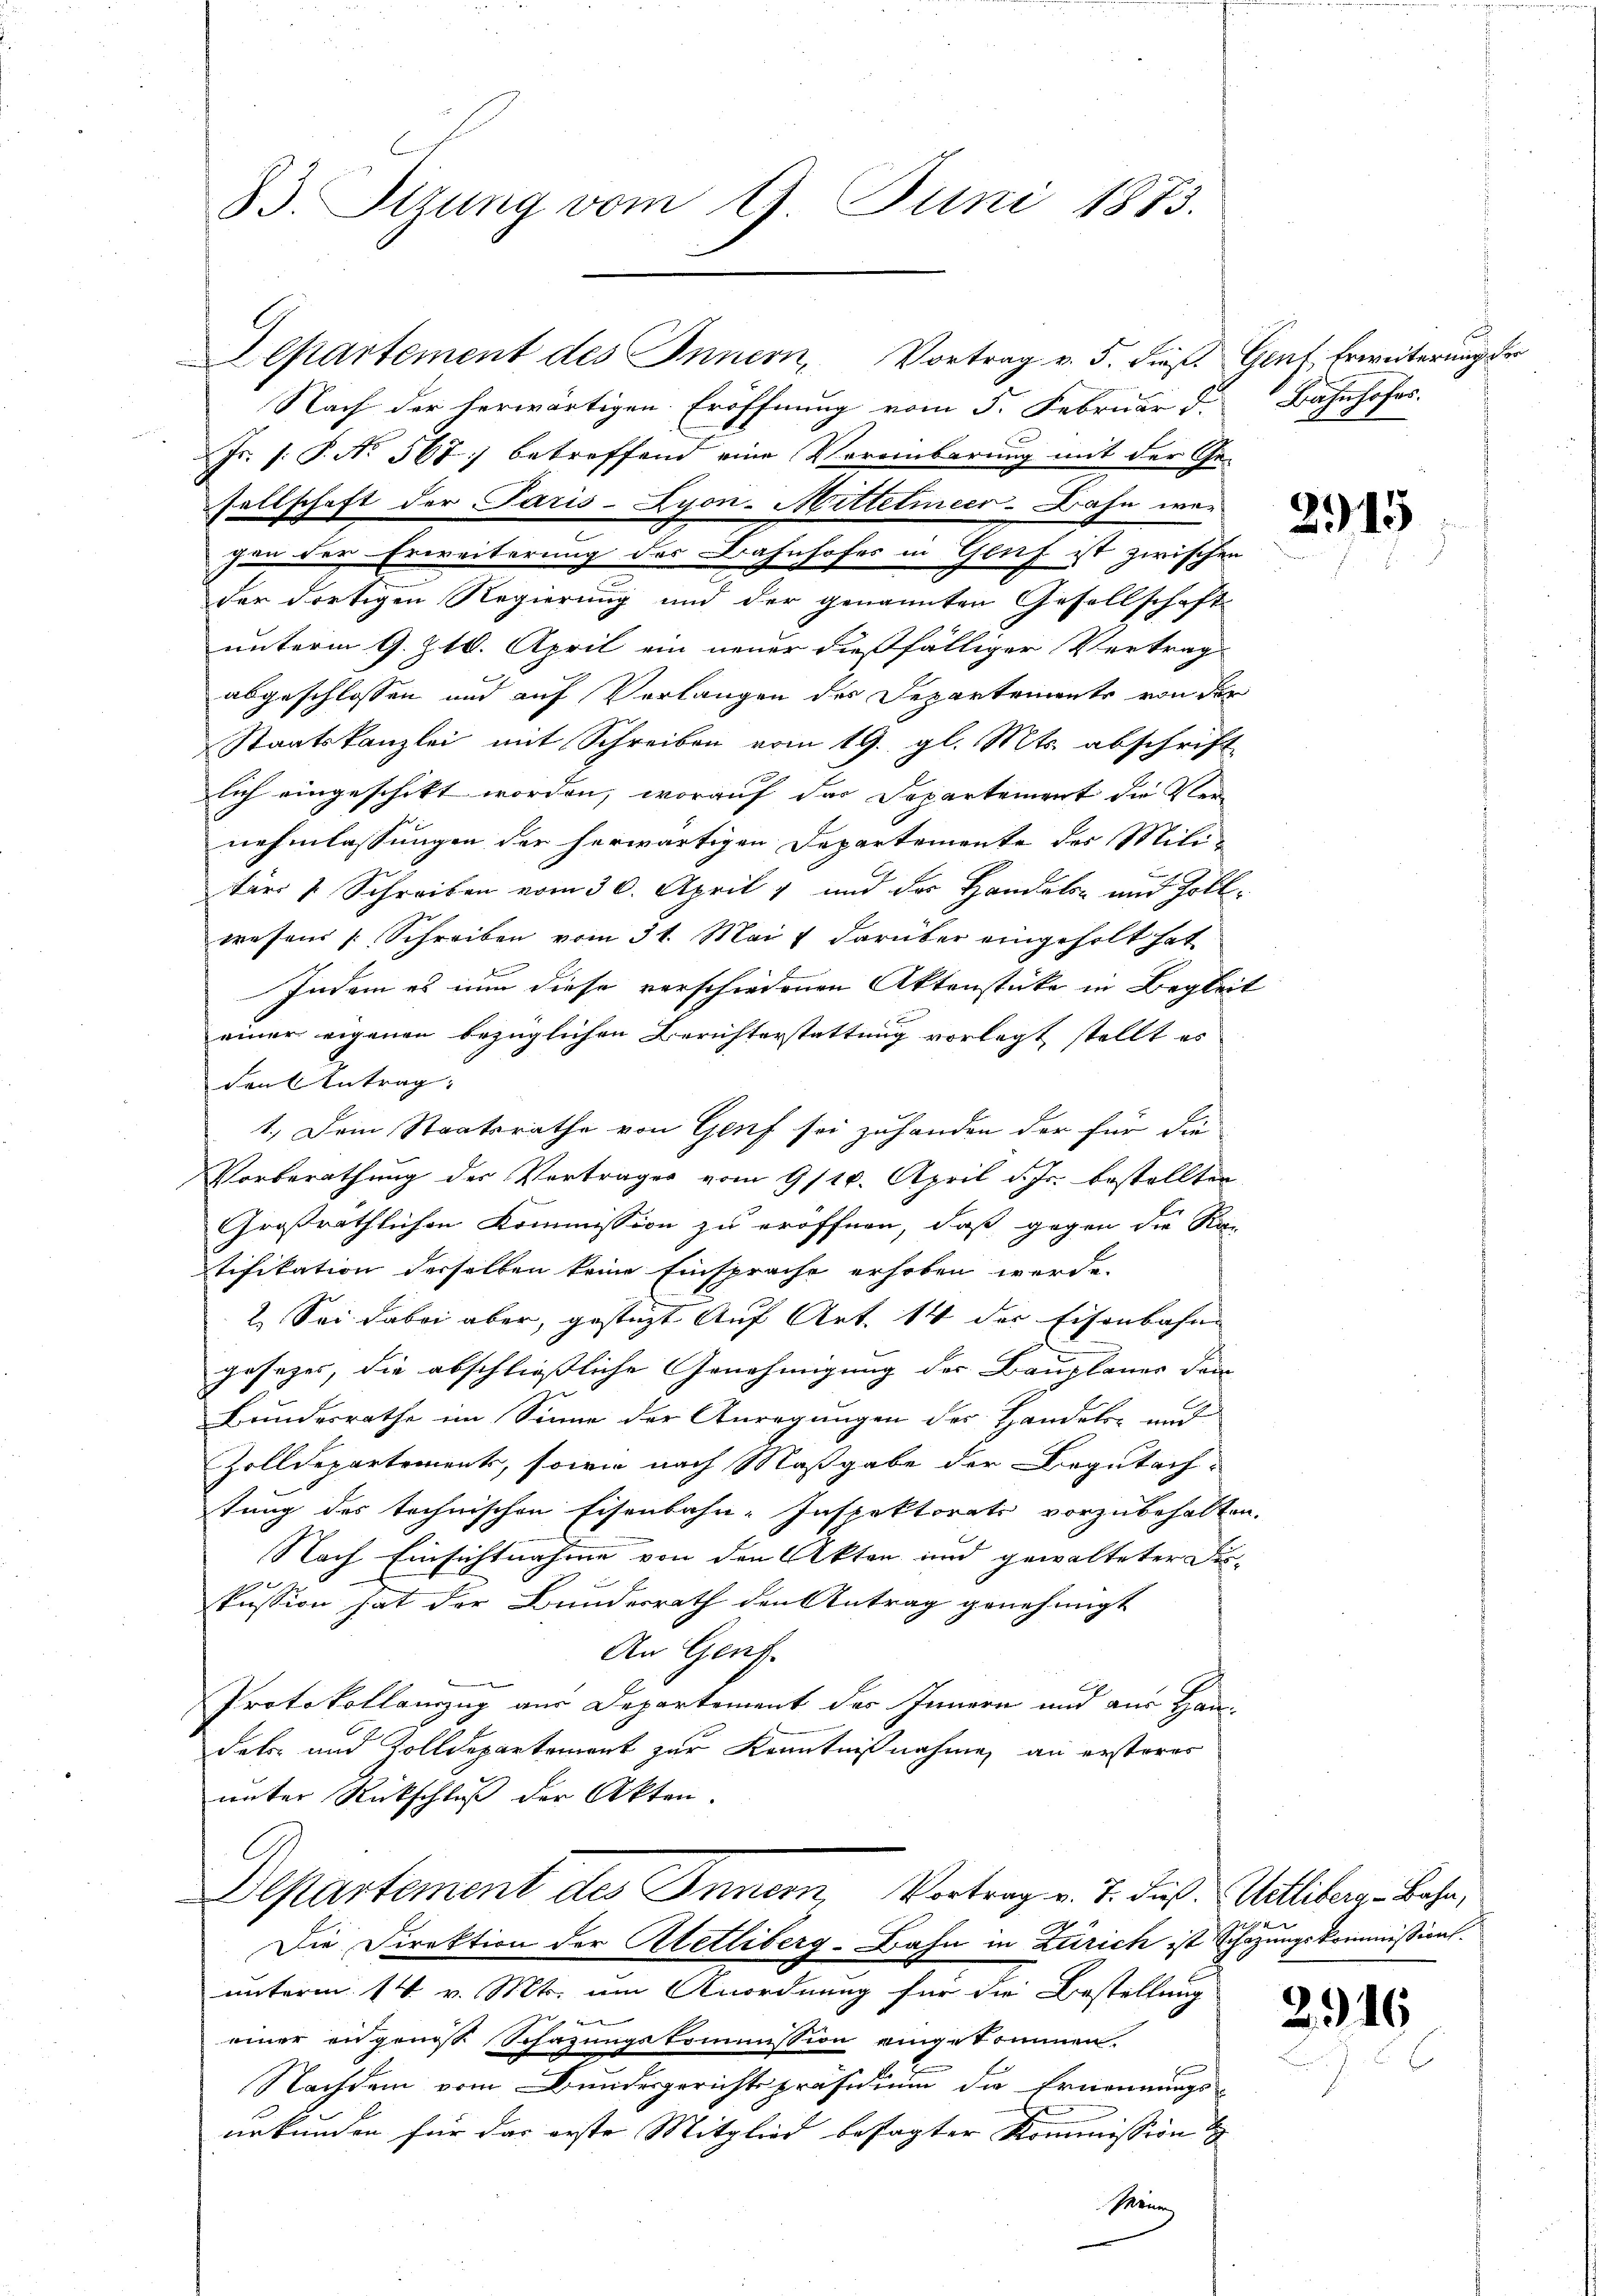
33. Stzung vom 9. Juni 1873.

Departement des Innern, Vortrag v. 5. dieß. Genf, Erweiterung der
Nach der herwärtigen Eröffnung vom 5. Februar d. Bahnhofes
Js. (: P. No 567 betreffend eine Vereinbarung mit der Gesellschaft der Paris-Lyon-Mittelmeer-Bahn wei
der dortigen Regierung und der genannten Gesellschaft
unterm 9. Z. 10. April ein neuer dießfälliger Vertrag
abgeschlossen und auf Verlangen des Departemente von der
Staatskanzlei mit Schreiben vom 19. gl. Mts. abschrift
lich eingeschikt worden, worauf das Departement die Kleinehmlassungen der herwärtigen Departemente des Mili-
ter 1 Schreiben vom 30. April 1 und der Handeln und Zollwesens [Schreiben vom 31. Mai & darüber eingeholt hat
Indem es nun diese verschiedenen Aktenstücke in Begleit

einer eigenen bezüglichen Berichterstattung vorlegt stellt es
den Antrag:
1., Dein Staatsrathe von Genf sei zuhanden der für die
Vorberathung der Vertrages vom 9/10. April d. Js. bestellten
Großräthlichen Kommission zu eröffnen, daß gegen die Re-
tifikation derselben keine Einsprache erhoben werde.
2. Sei dabei aber, gestüzt Auf Art. 14 der Eisenbahn
gesezes, die abschließliche Genehmigung der Bauplauer den
Bundesrathe im Sinne der Anregungen des Handels- und
Zolldepartements, sowie nach Maßgabe der Begutach-
tung des technischen Eisenbahn-Inspektorats vorzubehalten.
Nach Einsichtnahme von den Akten und gewalteter Dis-
e
2
kussion hat der Bundesrath den Antrag genehmigt
An Genf.
Protokollanzug aus Departement des Innern und aus Handets und Zolldepartement zur Kenntnißnahme an ersteres
unter Rückschluß der Akten.
Departement des Innern, Vortrag v. 7. Fuß. Wetliberg-Bahn,
u
Die Direktion der Aletliberg-Bahn in Zürich ist Schazungskommission.
unterm 14. v. Mts. um Anordnung für die Bestellung

einer angenosse Schazungskommission eingekommen.
Nachdem vom Bundesgerichtspräsidium die Ernennungs-
urkunden für das erste Mitglied besagter Kommission
Phöni

gen der Erweiterung des Bahnhofes in Genf ist zwischen

2915

2916